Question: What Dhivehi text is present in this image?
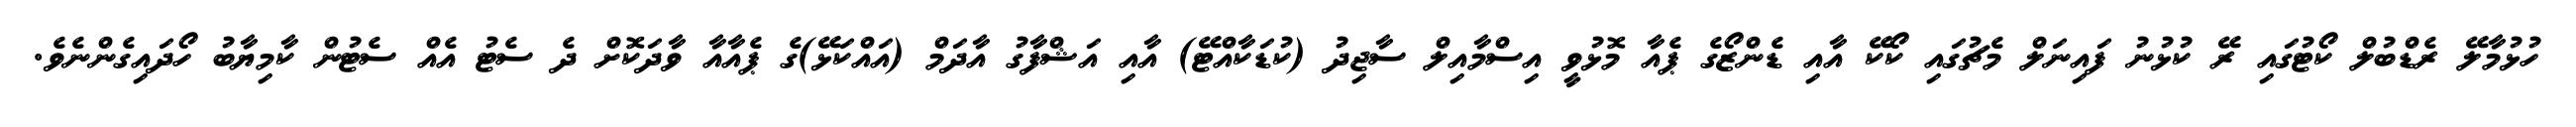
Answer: ހުޅުމާލޭ ރެޑްބުލް ކޯޓުގައި ރޭ ކުޅުނު ފައިނަލް މެޗުގައި ކޯކޭ އާއި ޑެންޒޯގެ ޕެއާ މޮޅުވީ އިސްމާއިލް ސާޖިދު (ކުޑަކާއްޓޭ) އާއި އަޝްފާގު އާދަމް (އައްކަޅޭ)ގެ ޕެއާއާ ވާދަކޮށް ދެ ސެޓު އެއް ސެޓުން ކާމިޔާބު ހޯދައިގެންނެވެ.